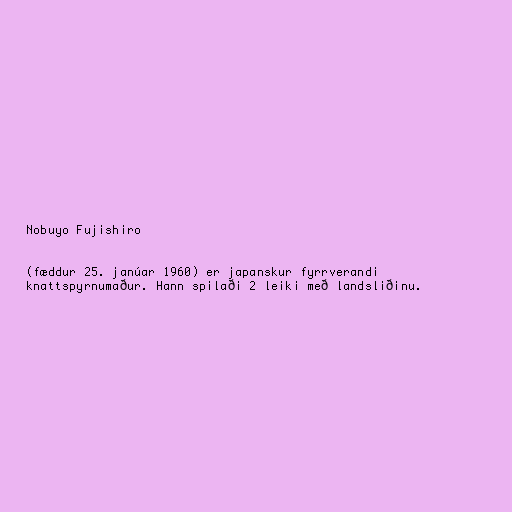
Nobuyo Fujishiro

(fæddur 25. janúar 1960) er japanskur fyrrverandi
knattspyrnumaður. Hann spilaði 2 leiki með landsliðinu.